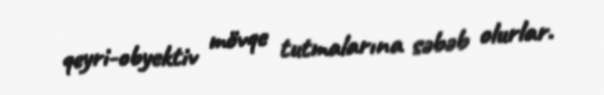
qeyri-obyektiv mövqe tutmalarına səbəb olurlar.